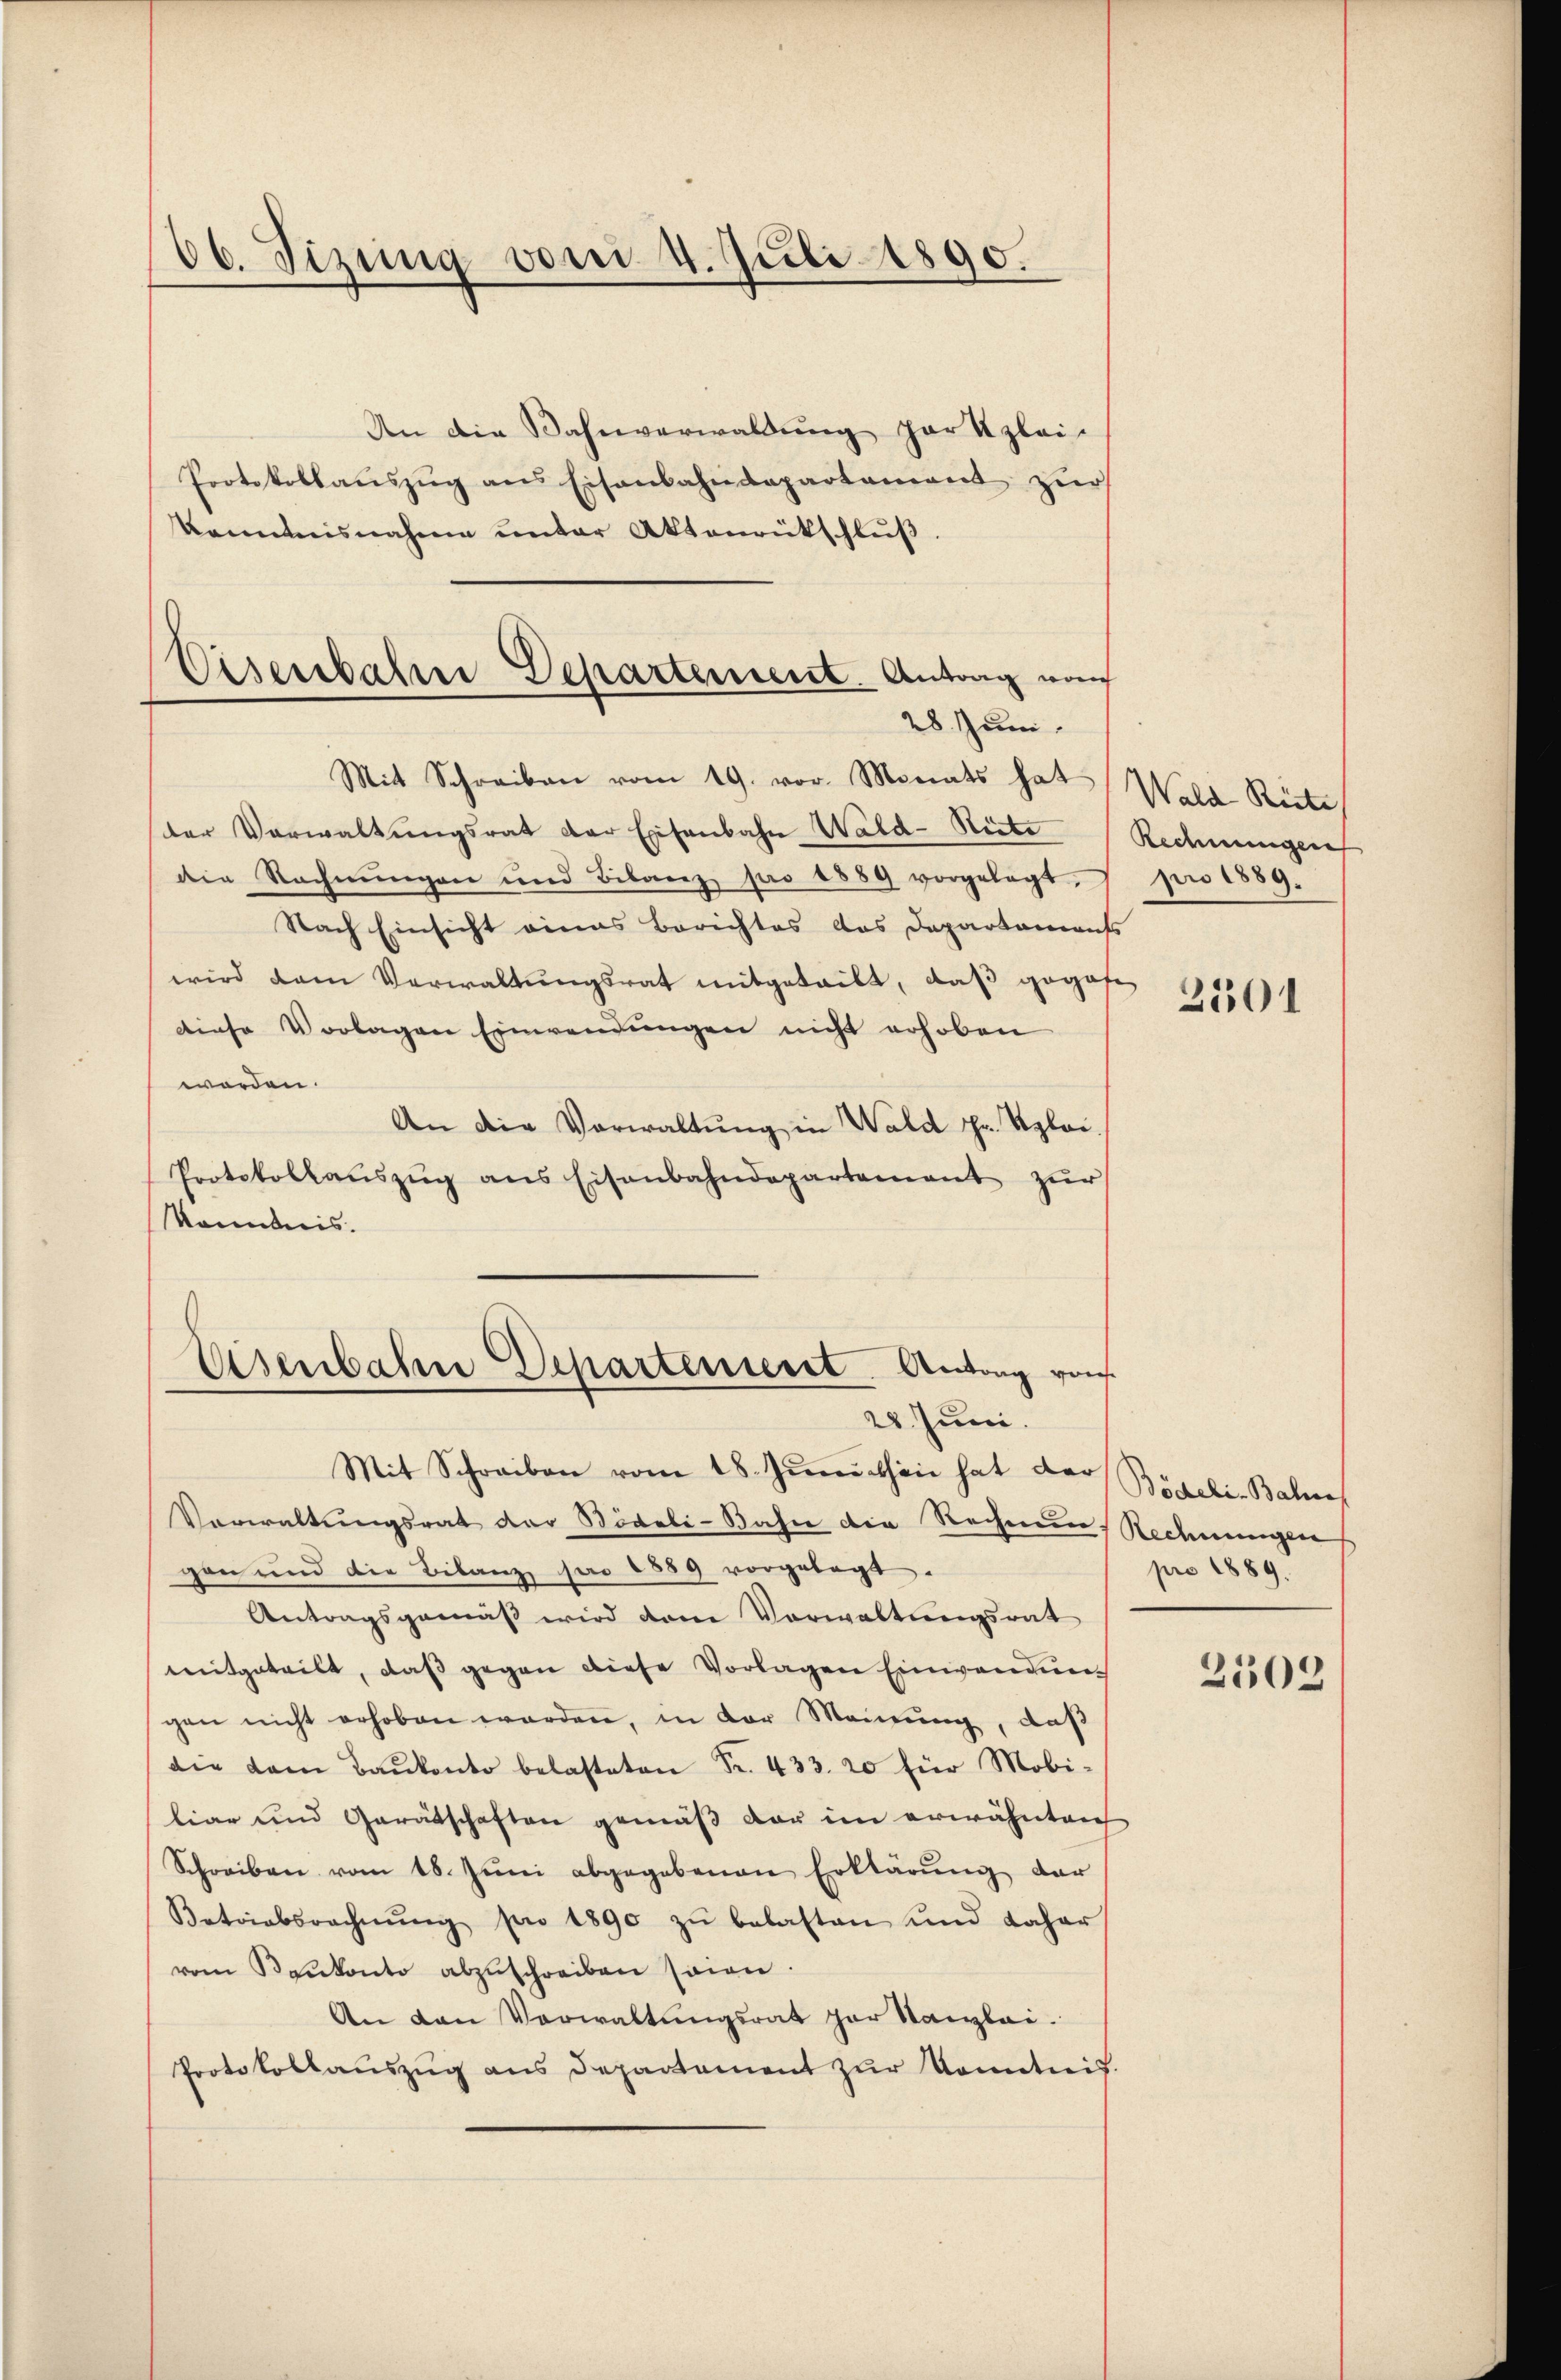
66. Sizung vom 4. Juli 1890.

Eisenbahrer Departement. Antrag nach
28. Juni.

An die Bahnverwaldung par Kzlei-
Protokollaŭszŭg an Eisenbahndepartament zŭr
kanntnisnahme unter Aktenrütschlŭβ
Mit Schreiben vom 19. vor. Monats hat
der Verwaltŭngsrat der Eisenbahn Wald-Ricke
die Rechnungen und Bilanz pro 1889 vorgelegt,
Nach Einsicht eines Berichtes das Departamauss
wird dem Verwaltŭngsrat mitgeteilt, daβ gegos
diese Vorlagen Einwendungen nicht erhoben
worden.
An die Vorwaltung in Wald Hr. Sploi.
Protokollaŭszŭg ans Eisenbahndepartement zŭr
känntnis.
Eisenbahn Departeniert. Antrag von
28. Juni.
Mit Schreiben vom 18. Junissen hat der
Verwaltungsrat der Bideli-Bahne die Rechnun
gen und die Bilanz pro 1889 vorgelegt
Antragsgemäβ wird dem Vorwaltungsrat
mitgeteilt, daß gegen diese Vorlagen Einwendung
gen nicht erhoben werden, in der Meinung, daß
die dem Baŭkonto belasteten Fr. 433. 20 für Mobi-
liar und Gerätschaften gemäβ der im erwähnten
Schreiben vom 18. Jŭni abgegebenen Erklärŭng der
Betriebsrechnŭng pro 1890 zŭ belasten und daher
vom Konkonto abzŭschreiben seien.
An den Verwaltŭngsrat par Kanzlei.
Protokollaŭszŭg ans Departament zŭr Kenntnis.

Wald Reite
Rechnungen
pro 1889.
e

2501

Bödeli-Bahne
Rechnungen
pro 1889.

2509